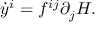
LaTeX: { \dot { y } } ^ { i } = f ^ { i j } \partial _ { j } H .